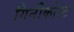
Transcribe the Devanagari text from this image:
गिनीकोस्ट